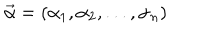
LaTeX: \vec { \alpha } = { ( \alpha _ { 1 } , \alpha _ { 2 } , . . . , \alpha _ { n } ) }